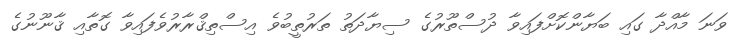
ވަނަ މާއްދާ ގައި ބަޔާންކޮށްފައިވާ ދުސްތޫރުގެ ސިޔާދަތު ތަރުތީބުވެ އިސްތިޤްރާރުވެފައިވާ ގޮތާއި ޤާނޫނުގެ